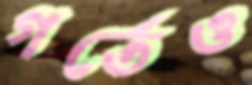
গর্তেও